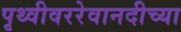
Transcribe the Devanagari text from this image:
पृथ्वीवररेवानदीच्या